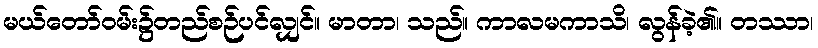
မယ်တော်ဝမ်း၌တည်စဉ်ပင်လျှင်။ မာတာ၊ သည်။ ကာလမကာသိ၊ လွန်ခဲ့၏။ တဿာ၊